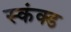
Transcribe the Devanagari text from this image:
स्कंक्ड